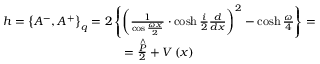
\begin{array} { c } { { h = \left\{ A ^ { - } , A ^ { + } \right\} _ { q } = 2 \left\{ \left( \frac { 1 } { \cos \frac { \omega x } { 2 } } \cdot \cosh \frac { i } { 2 } \frac { d } { d x } \right) ^ { 2 } - \cosh \frac { \omega } { 4 } \right\} = } } \\ { { = \frac { \stackrel { \wedge } { P } } { 2 } + V \left( x \right) } } \end{array}